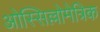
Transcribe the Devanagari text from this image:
ओस्सिल्लोमेत्रिक